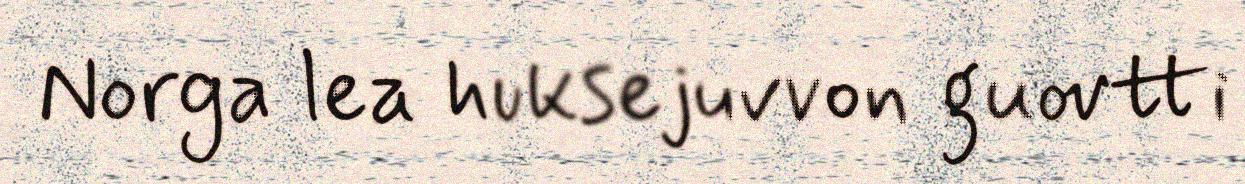
Norga lea huksejuvvon guovtti